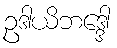
ဥဒါယိဘဒ္ဒေါ